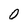
Character: O